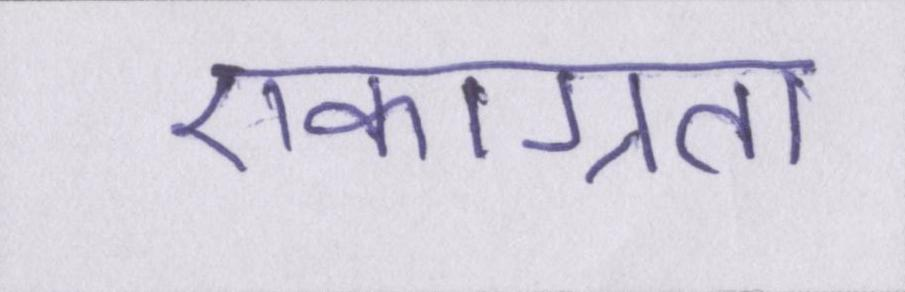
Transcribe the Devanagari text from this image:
एकाग्रता